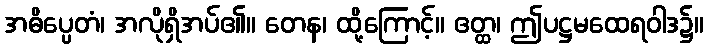
အဓိပ္ပေတံ၊ အလိုရှိအပ်၏။ တေန၊ ထို့ကြောင့်။ ဧတ္ထ၊ ဤပဋ္ဌမထေရဝါဒ၌။